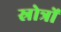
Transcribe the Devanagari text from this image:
स्रोत्रों